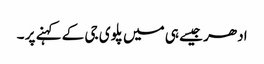
ادھر جیسے ہی میں پلوی جی کے کہنے پر ۔